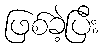
ဖြစ်ခဲ့ပြီး